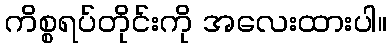
ကိစ္စရပ်တိုင်းကို အလေးထားပါ။